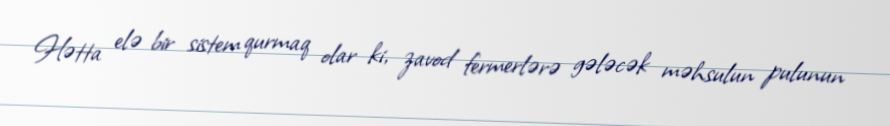
Hətta elə bir sistem qurmaq olar ki, zavod fermerlərə gələcək məhsulun pulunun